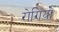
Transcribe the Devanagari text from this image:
राेगियों